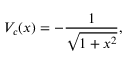
V _ { c } ( x ) = - \frac { 1 } { \sqrt { 1 + x ^ { 2 } } } ,